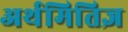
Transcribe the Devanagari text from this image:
अर्थमितिज्ञ